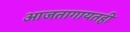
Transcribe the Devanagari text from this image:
आजतागायतही